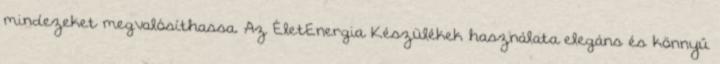
mindezeket megvalósíthassa. Az ÉletEnergia Készülékek használata elegáns és könnyű